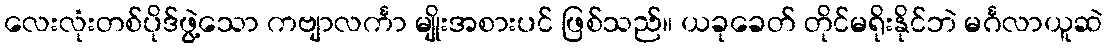
လေးလုံးတစ်ပိုဒ်ဖွဲ့သော ကဗျာလင်္ကာ မျိုးအစားပင် ဖြစ်သည်။ ယခုခေတ် တိုင်မရိုးနိုင်ဘဲ မင်္ဂလာယူဆဲ